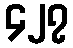
၄၂၇